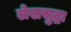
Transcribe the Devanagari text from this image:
लेखसुद्धा